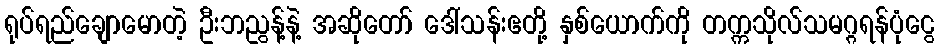
ရုပ်ရည်ချောမောတဲ့ ဦးဘညွန့်နဲ့ အဆိုတော် ဒေါ်သန်းဧတို့ နှစ်ယောက်ကို တက္ကသိုလ်သမဂ္ဂရန်ပုံငွေ